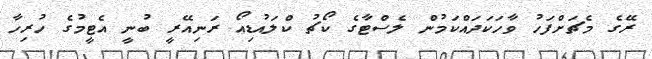
ރޭގެ މެޗަށްފަހު ވާހަކަދައްކަމުން ލެސްޓާގެ ކޯޗު ކްލައުޑިއޯ ރަނިއޭރީ ބުނީ އެޓީމުގެ ހުރިހާ